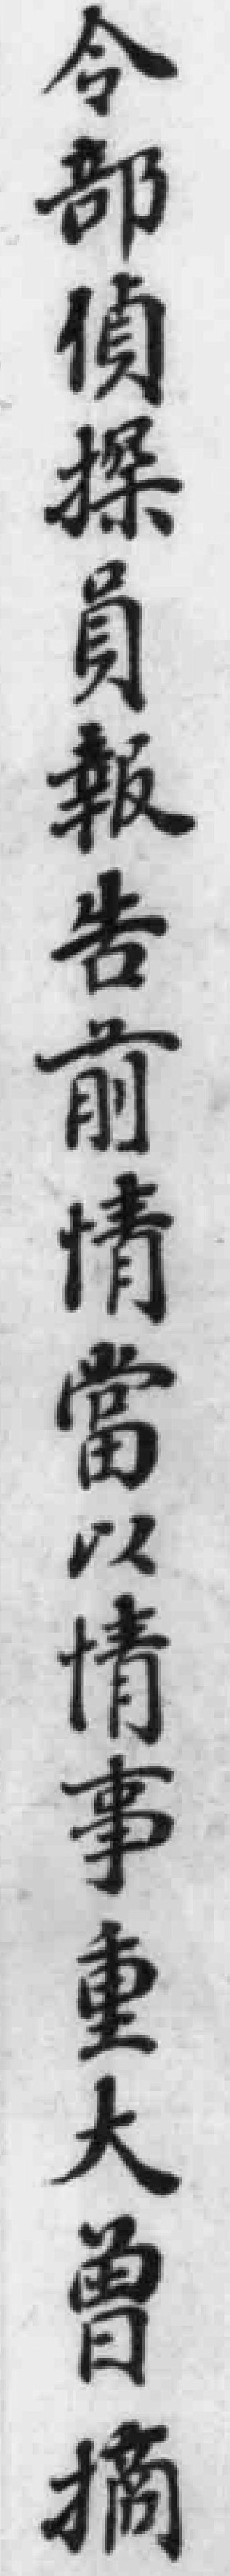
令部偵探員報告前情當以情事重大曾摘